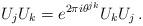
LaTeX: \begin{align*} U_{j}U_{k} = e^{2\pi i\theta^{jk}}U_{k}U_{j} \, .\end{align*}